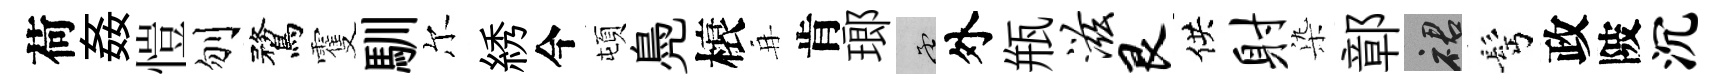
荷姦愷刎鶩䨥馴尔綉今頓鳧榱再肯瑯孟外瓶滋艮供射𣑱鄣裙髩政陂沉